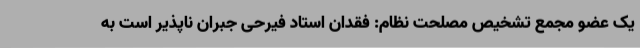
یک عضو مجمع تشخیص مصلحت نظام: فقدان استاد فیرحی جبران ناپذیر است به